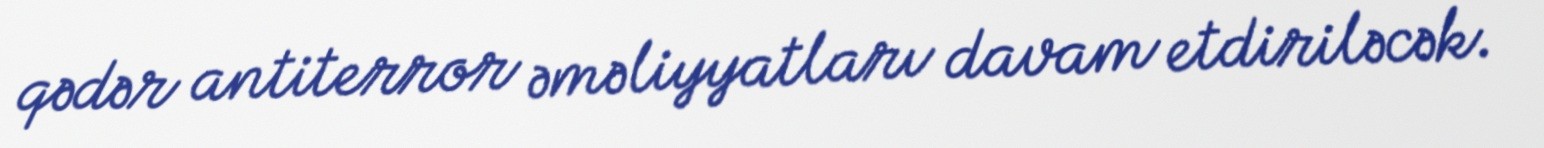
qədər antiterror əməliyyatları davam etdiriləcək.